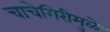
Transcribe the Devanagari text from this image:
चाचेगिरीमुळे